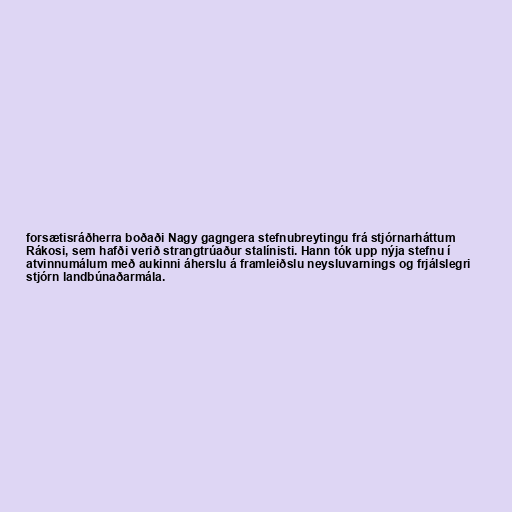
forsætisráðherra boðaði Nagy gagngera stefnubreytingu frá stjórnarháttum
Rákosi, sem hafði verið strangtrúaður stalínisti. Hann tók upp nýja stefnu í
atvinnumálum með aukinni áherslu á framleiðslu neysluvarnings og frjálslegri
stjórn landbúnaðarmála.